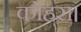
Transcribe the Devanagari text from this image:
कोहरा।